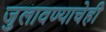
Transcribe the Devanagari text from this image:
जुलावण्याचेही